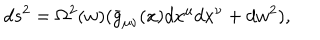
d s ^ { 2 } = \Omega ^ { 2 } ( w ) ( \bar { g } _ { \mu \nu } ( x ) d x ^ { \mu } d x ^ { \nu } + d w ^ { 2 } ) ,